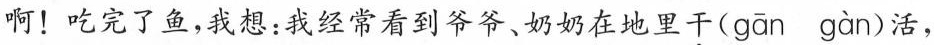
啊！ 吃完了鱼，我想：我经常看到爷爷、奶奶在地里\underset{·}{干}( gān gàn )活，